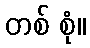
တစ် စုံ။